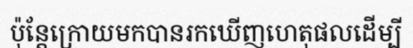
ប៉ុន្តែក្រោយមកបានរកឃើញហេតុផលដើម្បី